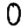
Digit: 0